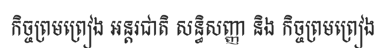
កិច្ចព្រមព្រៀង អន្តរជាតិ សន្ធិសញ្ញា និង កិច្ចព្រមព្រៀង